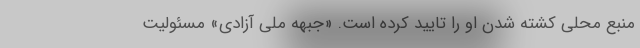
منبع محلی کشته‌ شدن او را تایید کرده است. «جبهه ملی آزادی» مسئولیت